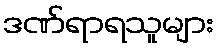
ဒဏ်ရာရသူများ